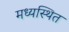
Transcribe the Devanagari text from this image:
मध्यस्थित